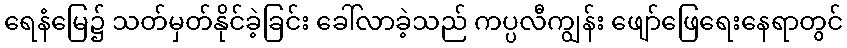
ရေနံမြေ၌ သတ်မှတ်နိုင်ခဲ့ခြင်း ခေါ်လာခဲ့သည် ကပ္ပလီကျွန်း ဖျော်ဖြေရေးနေရာတွင်